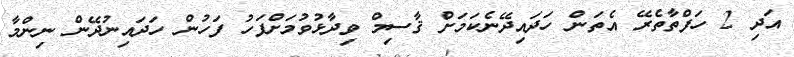
އަދި 2 ހަފްތާތެރޭ އެތަން ހަދައިދޭނެކަމަށް ޤާސިމް ވިދާޅުވުމަށްފަހު ފަހުން ހަދައިނުދޭން ނިންމާ